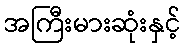
အကြီးမားဆုံးနှင့်